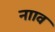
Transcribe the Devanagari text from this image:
नााव